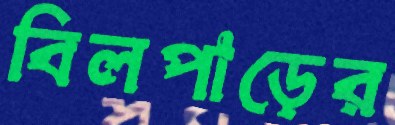
বিলপাড়ের